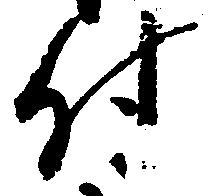
付